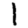
Digit: 1